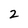
Character: 2